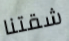
شقتنا